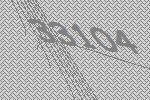
33104